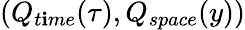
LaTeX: (Q_{t\mathbf{i}me}(\tau),Q_{space}(y))